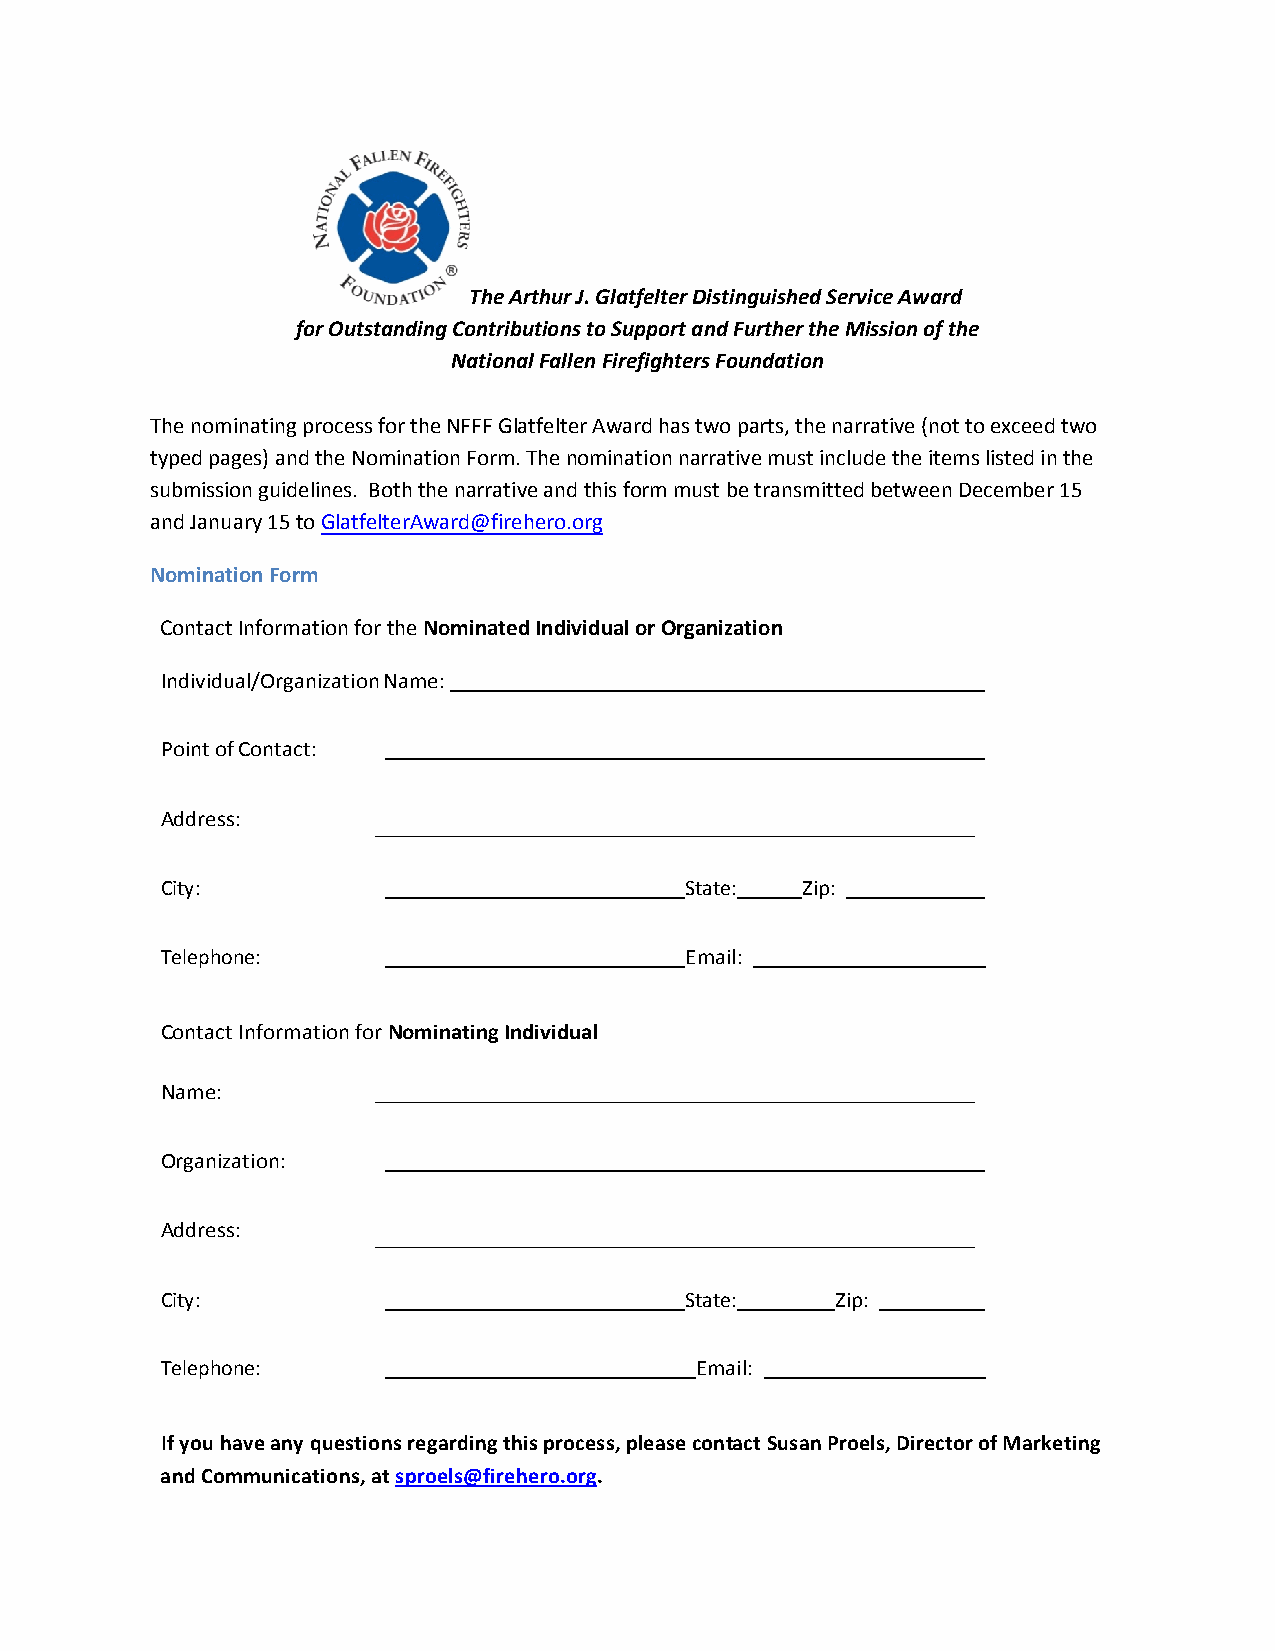
The Arthur J. Glatfelter Distinguished Service Award
 for Outstanding Contributions to Support and Further the Mission of the
 National Fallen Firefighters Foundation
 The nominating process for the NFFF Glatfelter Award has two parts, the narrative (not to exceed two
 typed pages) and the Nomination Form. The nomination narrative must include the items listed in the
 submission guidelines. Both the narrative and this form must be transmitted between December 15
 and January 15 to GlatfelterAward@firehero.org
 Nomination Form
 Contact Information for the Nominated Individual or Organization
 Individual/Organization Name:
 Point of Contact:
 Address:
 City:                             State:  Zip:
 Telephone:                        Email:
 Contact Information for Nominating Individual
 Name:
 Organization:
 Address:
 City:                             State:    Zip:
 Telephone:                         Email:
 If you have any questions regarding this process, please contact Susan Proels, Director of Marketing
 and Communications, at sproels@firehero.org.